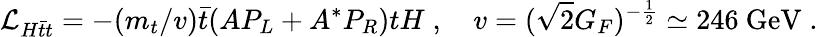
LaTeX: {\cal L}_{H\bar{t}t}=-(m_{t}/v)\bar{t}(AP_{L}+A^{*}P_{R})tH\; ,\quad v=(\sqrt{2}G_{F})^{-{\frac{1}{2}}}\simeq 246\mathrm{~GeV}\; .